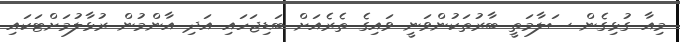
މިއާ ގުޅިގެން ސަލާމަތީ ބާރުތަކުންވަނީ ވައިގެ ތެރެއަށް ބަޑިޖަހައި އަދި އާންމުން ރުޅާލުމަށްޓަކައި